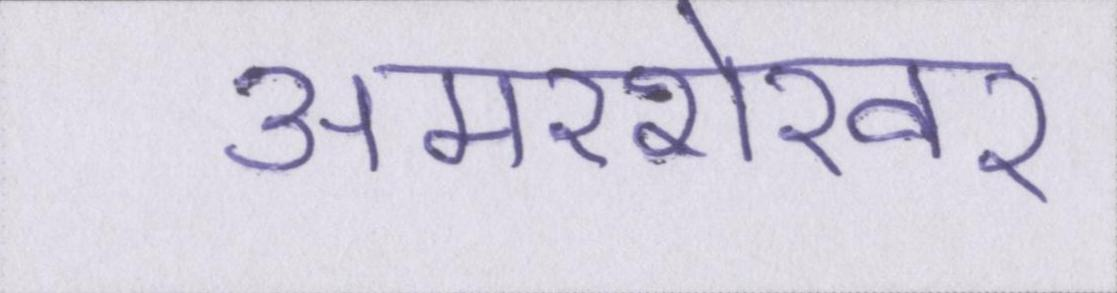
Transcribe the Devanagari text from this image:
अमरशेखर